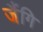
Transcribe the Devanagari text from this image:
जैंगि